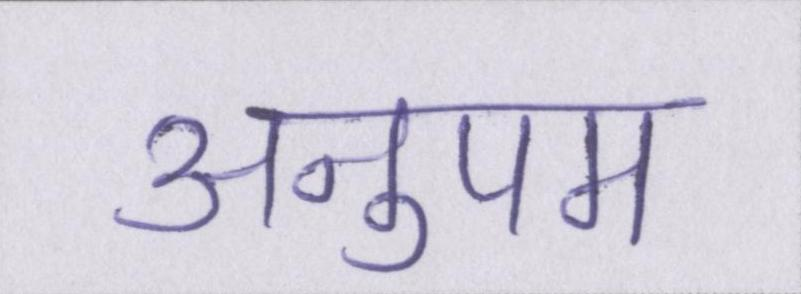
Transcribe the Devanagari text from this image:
अनुपम